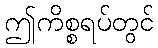
ဤကိစ္စရပ်တွင်